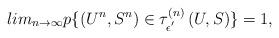
LaTeX: \begin{align*}lim_{n\rightarrow\infty} p\{\left(U^n,S^n\right)\in \tau_{\epsilon^{'}}^{(n)} \left(U,S\right)\}=1, \end{align*}